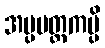
အပ္ပမတ္တကမ္ပိ